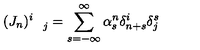
( J _ { n } ) _ { \quad j } ^ { i } = \sum _ { s = - \infty } ^ { \infty } \alpha _ { s } ^ { n } \delta _ { n + s } ^ { i } \delta _ { j } ^ { s }